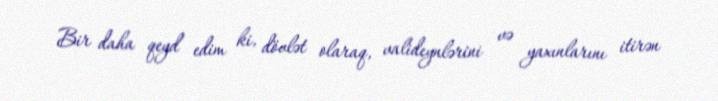
Bir daha qeyd edim ki, dövlət olaraq, valideynlərini və yaxınlarını itirən